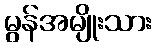
မွန်အမျိုးသား